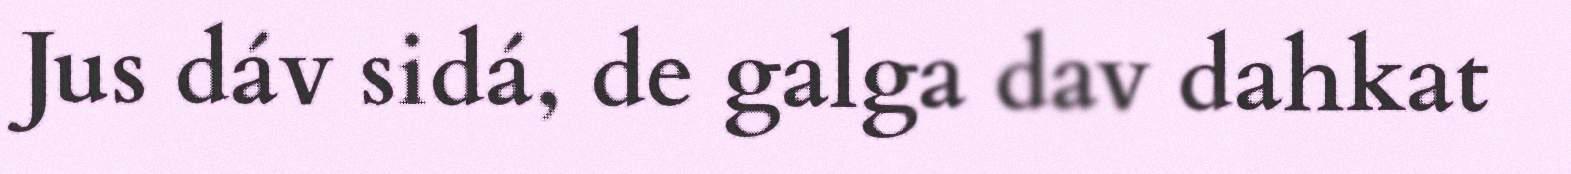
Jus dáv sidá, de galga dav dahkat